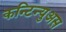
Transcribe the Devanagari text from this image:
कन्टिन्युअस